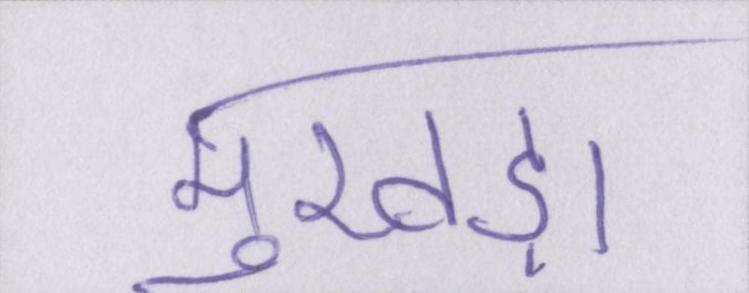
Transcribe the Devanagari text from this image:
मुखड़ा